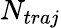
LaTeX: N_{traj}